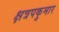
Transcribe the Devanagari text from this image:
क्षत्रपकुमार